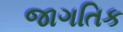
જાગતિક